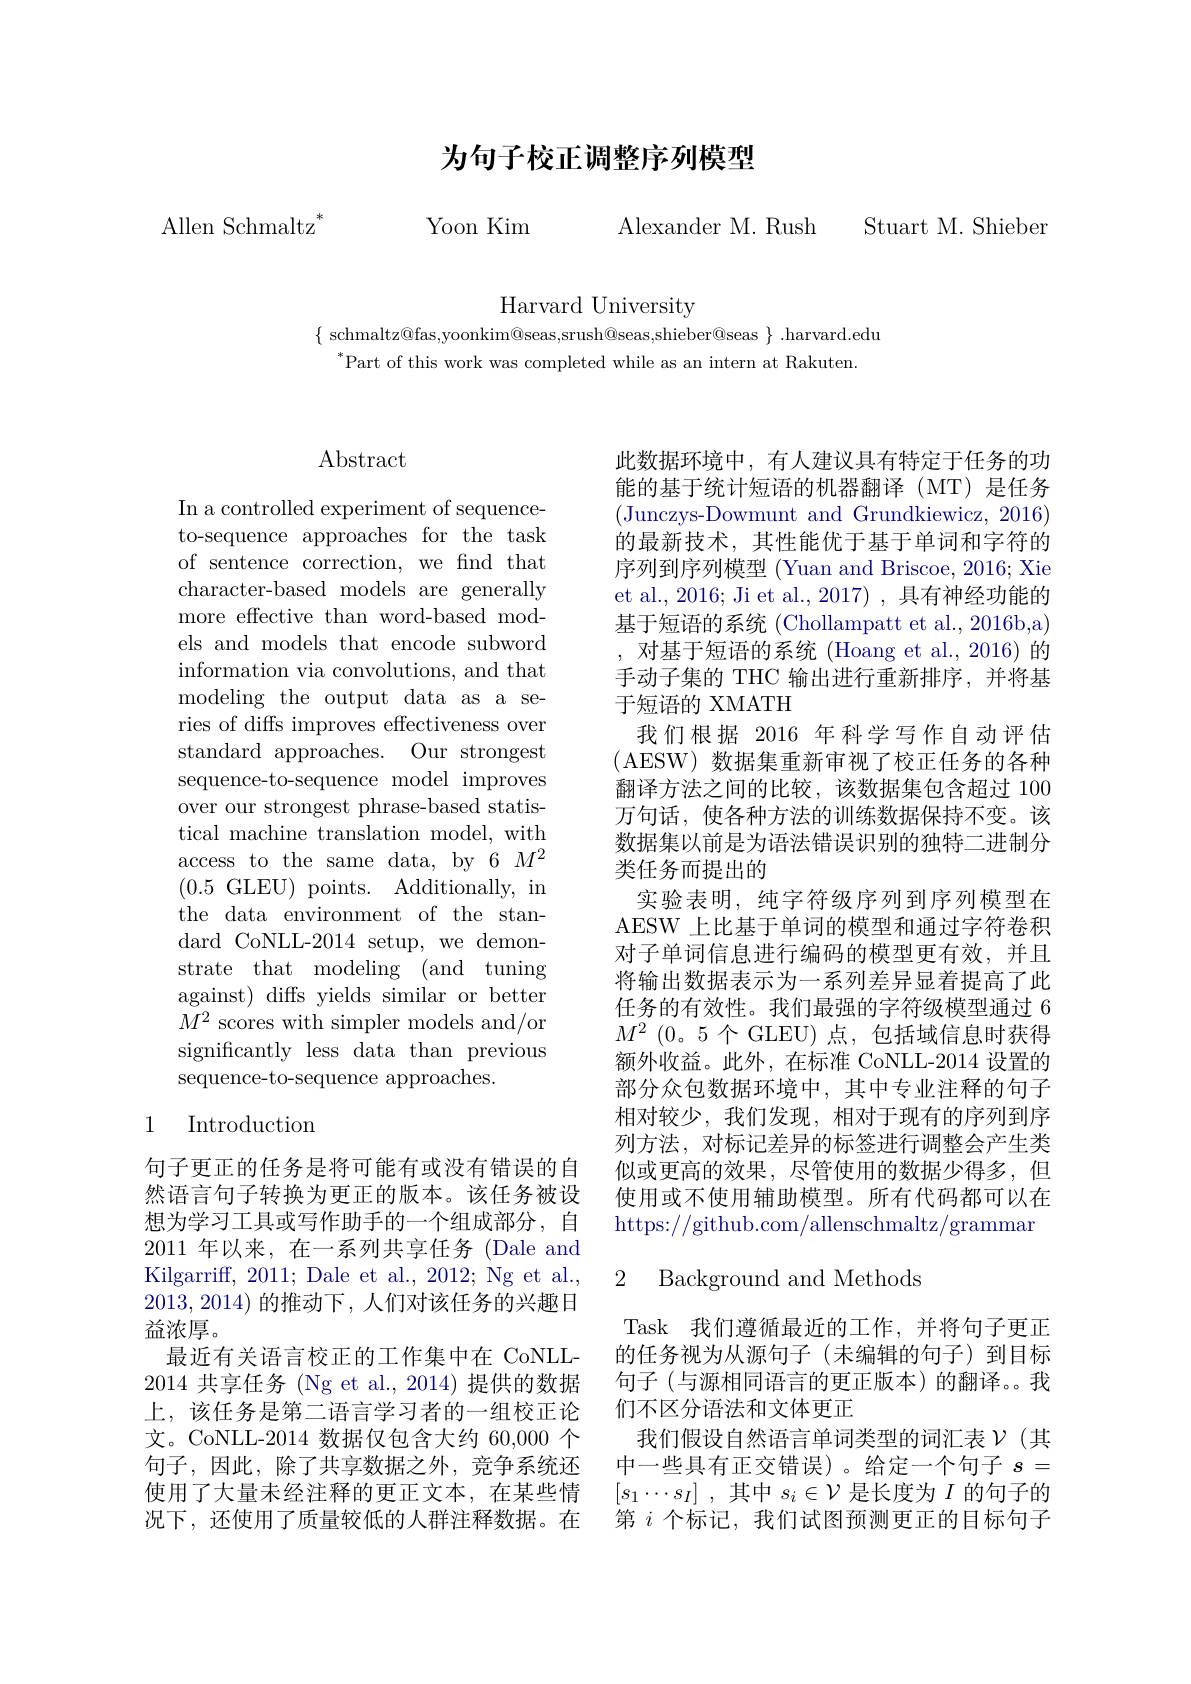
为句子校正调整序列模型

Allen Schmaltz$^*$ Yoon Kim Alexander M. Rush

Stuart M. Shieber

Harvard University

$\{$ schmaltz@fas,yoonkim@seas,srush@seas,shieber@seas $\}.$harvard.edu
$^{*}$Part of this work was completed while as an intern at Rakuten.

## $\operatorname{Abstract}$

In a controlled experiment of sequenceto-sequence approaches for the task of sentence correction, we find that character-based models are generally more effective than word-based models and models that encode subword information via convolutions, and that modeling the output data as a series of diffs improves effectiveness over standard approaches. Our strongest sequence-to-sequence model improves over our strongest phrase-based statistical machine translation model, with access to the same data, by 6 $M^2$ (0.5GLEU)points.Additionally, in the data environment of the standard CoNLL-2014 setup, we demonstrate that modeling (and tuning against) diffs yields similar or better $M^2$ scores with simpler models and/or significantly less data than previous sequence-to-sequence approaches.

### 1 Introduction

句子更正的任务是将可能有或没有错误的自然语言句子转换为更正的版本。该任务被设想为学习工具或写作助手的一个组成部分，自2011年以来，在一系列共享任务(Dale and Kilgarriff, 2011; Dale et al., 2012; Ng et al., 2013,2014)的推动下，人们对该任务的兴趣日益浓厚。
最近有关语言校正的工作集中在 CoNLL- 2014共享任务 (Ng et al., 2014) 提供的数据上，该任务是第二语言学习者的一组校正论文。CoNLL-2014 数据仅包含大约 60,000 个句子，因此，除了共享数据之外，竞争系统还使用了大量未经注释的更正文本，在某些情况下，还使用了质量较低的人群注释数据。在

此数据环境中，有人建议具有特定于任务的功能的基于统计短语的机器翻译(MT)是任务(Junczys-Dowmunt and Grundkiewicz, 2016) 的最新技术，其性能优于基于单词和字符的序列到序列模型 (Yuan and Briscoe, 2016; Xie et al., 2016; Ji et al., 2017) , 具有神经功能的基于短语的系统 (Chollampatt et al., 2016b,a) ,对基于短语的系统 (Hoang et al., 2016)的手动子集的 THC 输出进行重新排序，并将基于短语的 XMATH
我们根据 2016 年科学写作自动评估(AESW) 数据集重新审视了校正任务的各种翻译方法之间的比较，该数据集包含超过 100万句话，使各种方法的训练数据保持不变。该数据集以前是为语法错误识别的独特二进制分类任务而提出的
实验表明，纯字符级序列到序列模型在AESW 上比基于单词的模型和通过字符卷积对子单词信息进行编码的模型更有效，并且将输出数据表示为一系列差异显着提高了此任务的有效性。我们最强的字符级模型通过 6 $M^2$ (0。5个 GLEU)点，包括域信息时获得额外收益。此外，在标准 CoNLL-2014 设置的部分众包数据环境中，其中专业注释的句子相对较少，我们发现，相对于现有的序列到序列方法，对标记差异的标签进行调整会产生类似或更高的效果，尽管使用的数据少得多，但使用或不使用辅助模型。所有代码都可以在https://github.com/allenschmaltz/grammar

### 2 Background and Methods

Task 我们遵循最近的工作，并将句子更正的任务视为从源句子(未编辑的句子)到目标句子(与源相同语言的更正版本)的翻译。我们不区分语法和文体更正
我们假设自然语言单词类型的词汇表$\mathcal{V}$ (其中一些具有正交错误)。给定一个句子$s=$ $[ s_1\cdots s_I]$ ,其中$s_i\in\mathcal{V}$是长度为$I$的句子的第$i$个标记，我们试图预测更正的目标句子